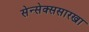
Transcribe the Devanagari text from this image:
सेन्सेक्ससारखा